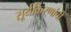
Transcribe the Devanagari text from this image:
सूर्यकिरणांची